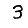
Digit: 3